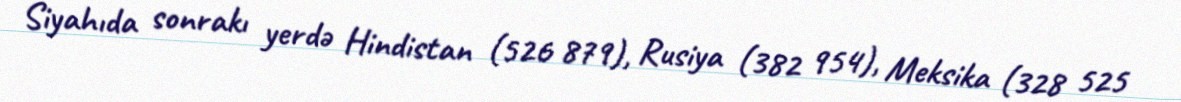
Siyahıda sonrakı yerdə Hindistan (526 879), Rusiya (382 954), Meksika (328 525